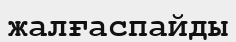
жалғаспайды